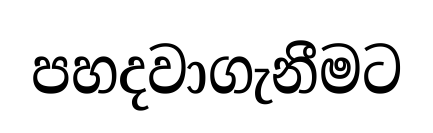
පහදවාගැනීමට